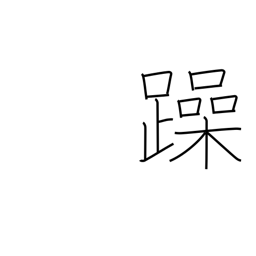
Meaning: noisy